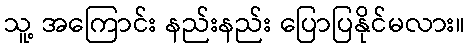
သူ့ အကြောင်း နည်းနည်း ပြောပြနိုင်မလား။